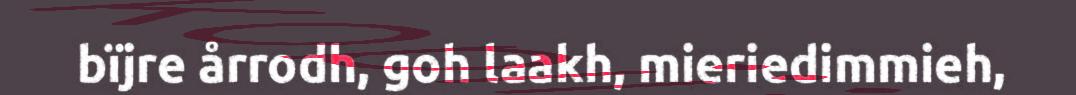
bïjre årrodh, goh laakh, mieriedimmieh,